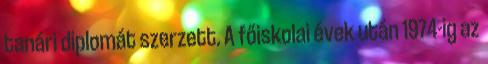
tanári diplomát szerzett. A főiskolai évek után 1974-ig az